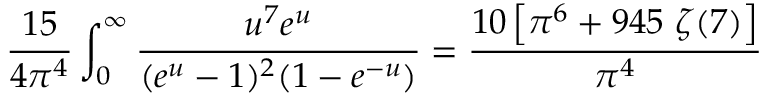
\frac { 1 5 } { 4 \pi ^ { 4 } } \int _ { 0 } ^ { \infty } \frac { u ^ { 7 } e ^ { u } } { ( e ^ { u } - 1 ) ^ { 2 } ( 1 - e ^ { - u } ) } = \frac { 1 0 \left[ \pi ^ { 6 } + 9 4 5 ~ \zeta ( 7 ) \right] } { \pi ^ { 4 } }